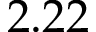
2 . 2 2